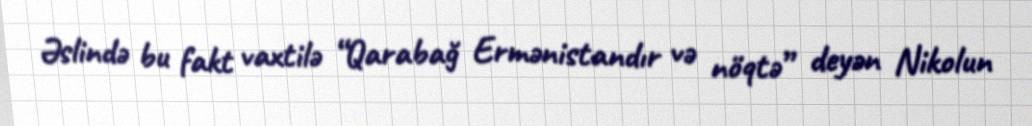
Əslində bu fakt vaxtilə “Qarabağ Ermənistandır və nöqtə” deyən Nikolun